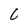
Character: 6